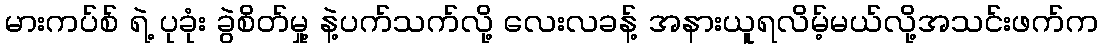
မားကပ်စ် ရဲ့ ပုခုံး ခွဲစိတ်မှု့ နဲ့ပက်သက်လို့ လေးလခန့် အနားယူရလိမ့်မယ်လို့အသင်းဖက်က